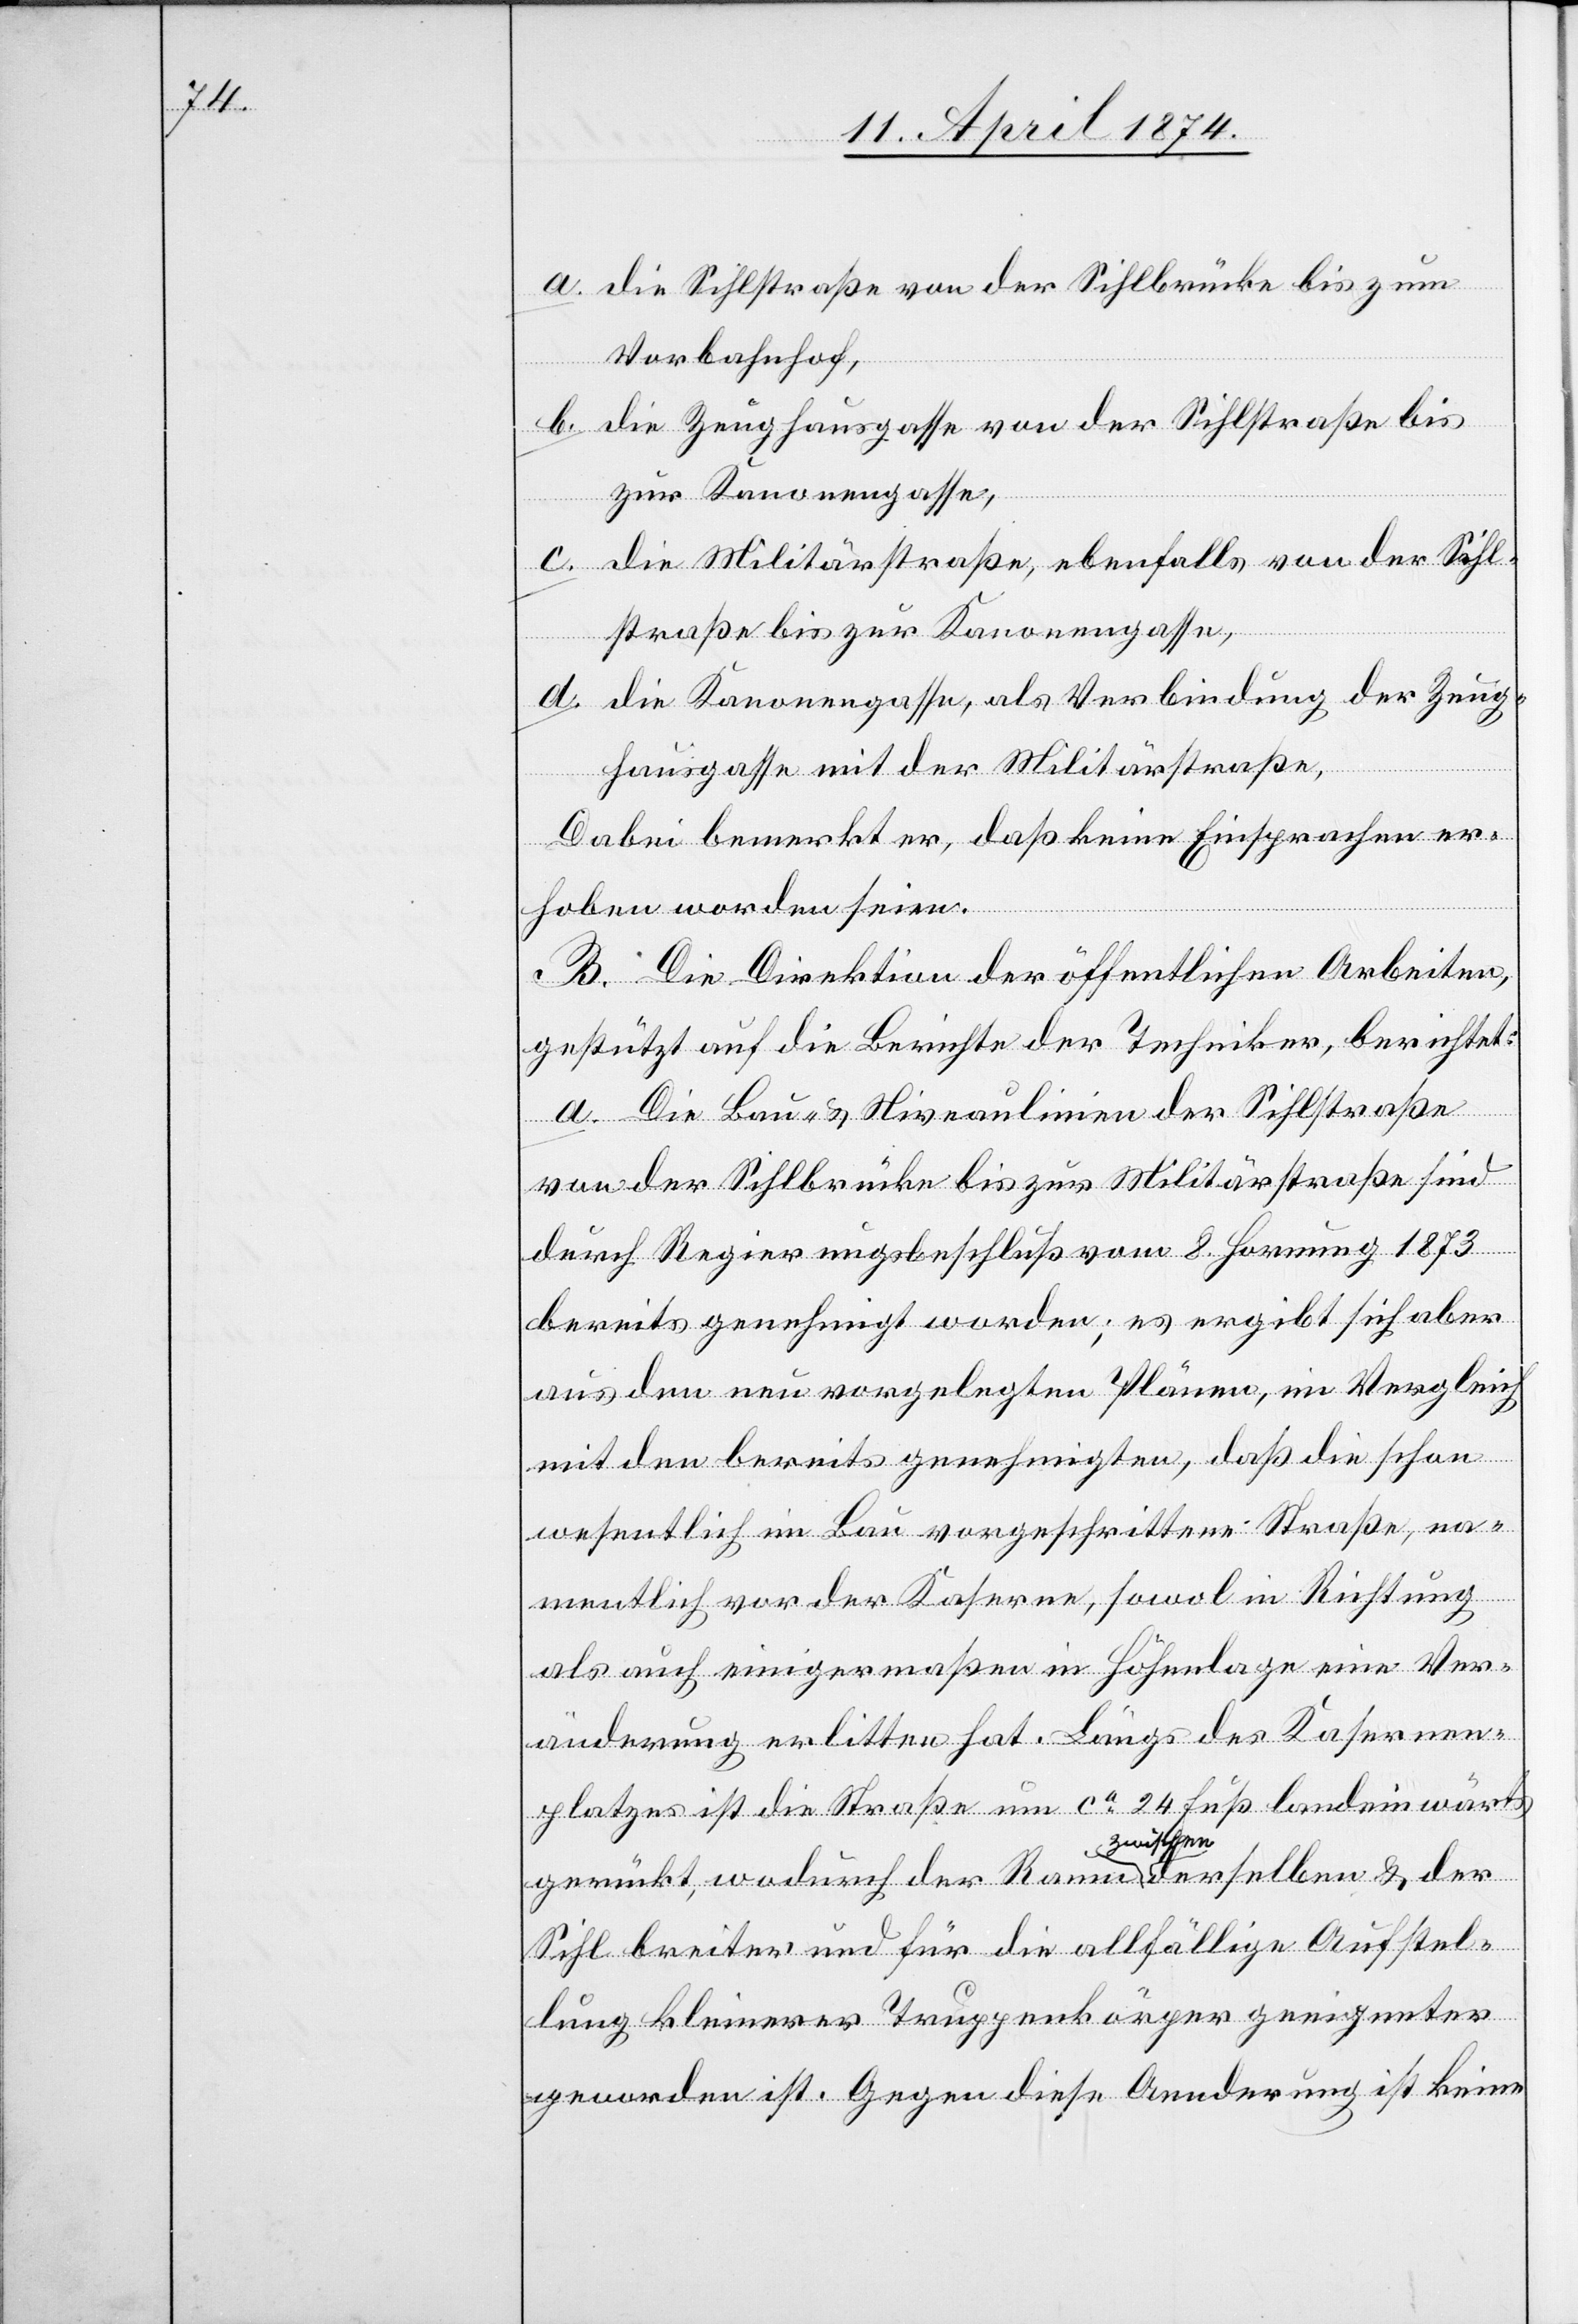
a. die Sihlstraße von der Sihlbrücke bis zum
Vorbahnhof,
b. die Zeughausgasse von der Sihlstraße bis
zur Kanonengasse,
die Militärstraße, ebenfalls von der Sihl¬
straße bis zur Kanonengasse,
d. die Kanonengasse, als Verbindung der Zeug¬
hausgasse mit der Militärstraße,
Dabei bemerkt er, daß keine Einsprachen er¬
hoben worden seien.
B. Die Direktion der öffentlichen Arbeiten
gestützt auf die Berichte der Techniker, berichtet:
a. Die Bau- u. Niveaulinien der Sihlstraße
von der Sihlbrücke bis zur Militärstraße sind
durch Regierungsbeschluß vom 8. Hornung 1873
bereits genehmigt worden; es ergibt sich aber
aus den neu vorgelegten Plänen, im Vergleich
mit den bereits genehmigten, daß die schon
wesentlich im Bau vorgeschrittene Straße, na¬
mentlich vor der Kaserne, sowol in Richtung
als auch einigermaßen in Höhenlage eine Ver¬
änderung erlitten hat. Längs des Kasernen¬
platzes ist die Straße um ca 24 Fuß landeinwärts
gerückt, wodurch der Raum zwischen derselben u. der
Sihl breiter und für die allfällige Aufstel¬
lung kleinerer Truppenkörper geeigneter
geworden ist. Gegen diese Aenderung ist keine